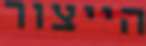
הייצור